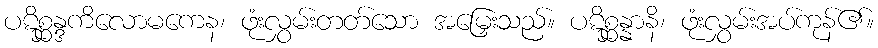
ပဋိစ္ဆန္ဒကိလောမကေန၊ ဖုံးလွှမ်းတတ်သော အမြှေးသည်။ ပဋိစ္ဆန္နာနိ၊ ဖုံးလွှမ်းအပ်ကုန်၏။